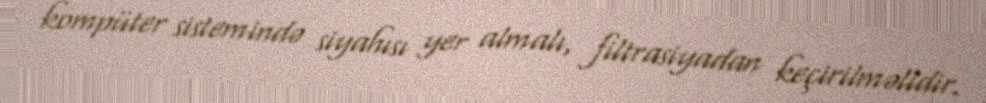
kompüter sistemində siyahısı yer almalı, filtrasiyadan keçirilməlidir.